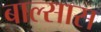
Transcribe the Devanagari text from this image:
बाल्सास